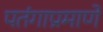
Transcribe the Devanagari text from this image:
पतंगाप्रमाणे